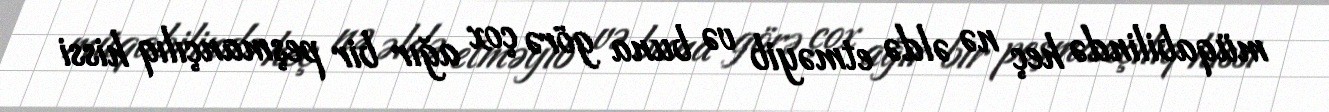
müqabilində heç nə əldə etməyib və buna görə çox ağır bir peşmançılıq hissi